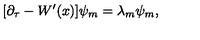
[ \partial _ { \tau } - W ^ { \prime } ( x ) ] \psi _ { m } = \lambda _ { m } \psi _ { m } ,